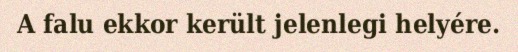
A falu ekkor került jelenlegi helyére.